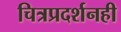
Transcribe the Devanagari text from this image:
चित्रप्रदर्शनही